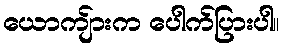
ယောကျ်ားက ပေါက်ပြားပါ။